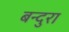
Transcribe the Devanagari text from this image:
बन्दुरा